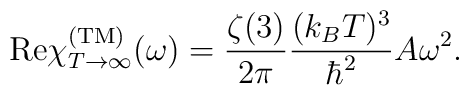
{\rm Re} \chi_{T\rightarrow\infty}^{\rm (TM)}(\omega) =  {\zeta(3)\over 2\pi} {(k_B T)^3\over \hbar^2} A \omega^2.